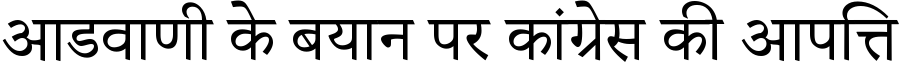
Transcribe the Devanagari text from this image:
आडवाणी के बयान पर कांग्रेस की आपत्ति